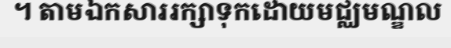
។ តាមឯកសាររក្សាទុកដោយមជ្ឈមណ្ឌល